Rangoon Lunatic Asylum 1893-1897 - 1893-1897
Year: 1893
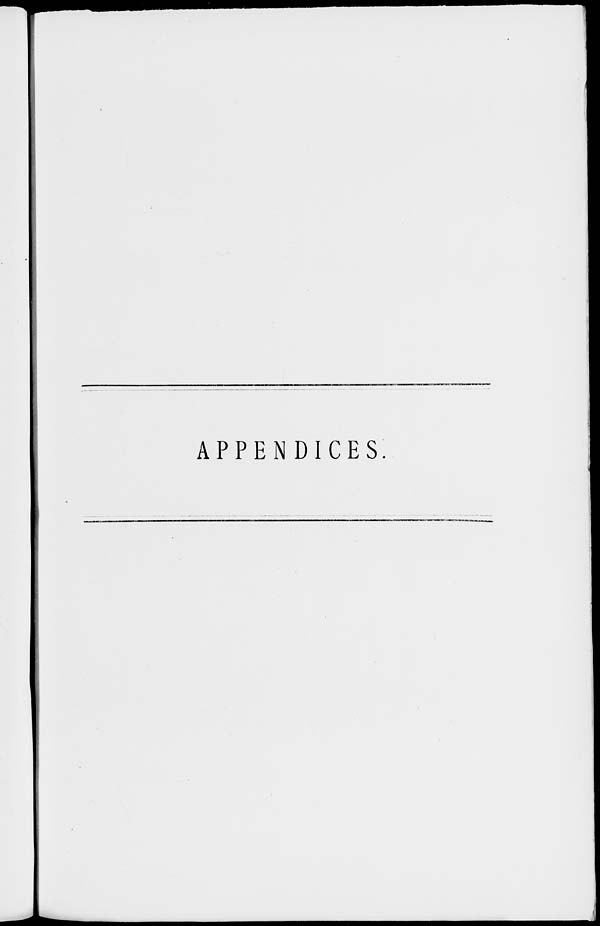
APPENDICES.